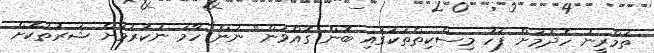
ތަމްރީނު ހެދުމަށް ފަހު މިސްކިތްތަކުގައި ބޮން ގޮއްވަން" ނަން ހާމަ ނުކުރުމަށް ޝަރުތުކޮށް